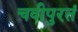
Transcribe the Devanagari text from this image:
चवीपुरतं